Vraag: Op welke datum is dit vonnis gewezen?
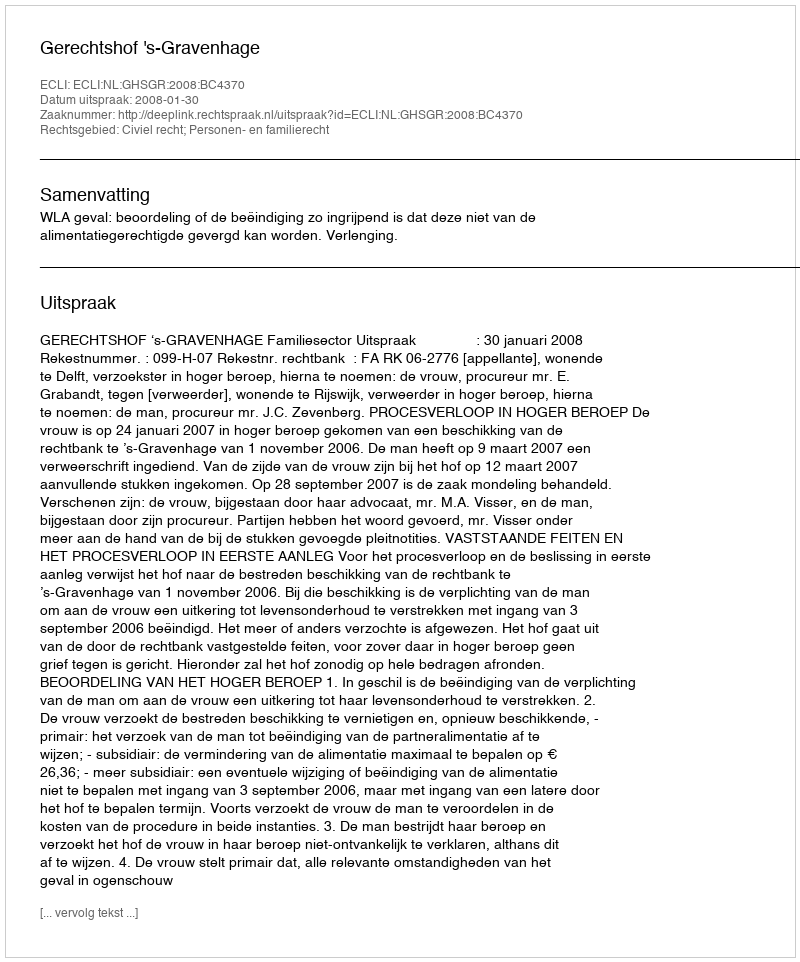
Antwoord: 2008-01-30